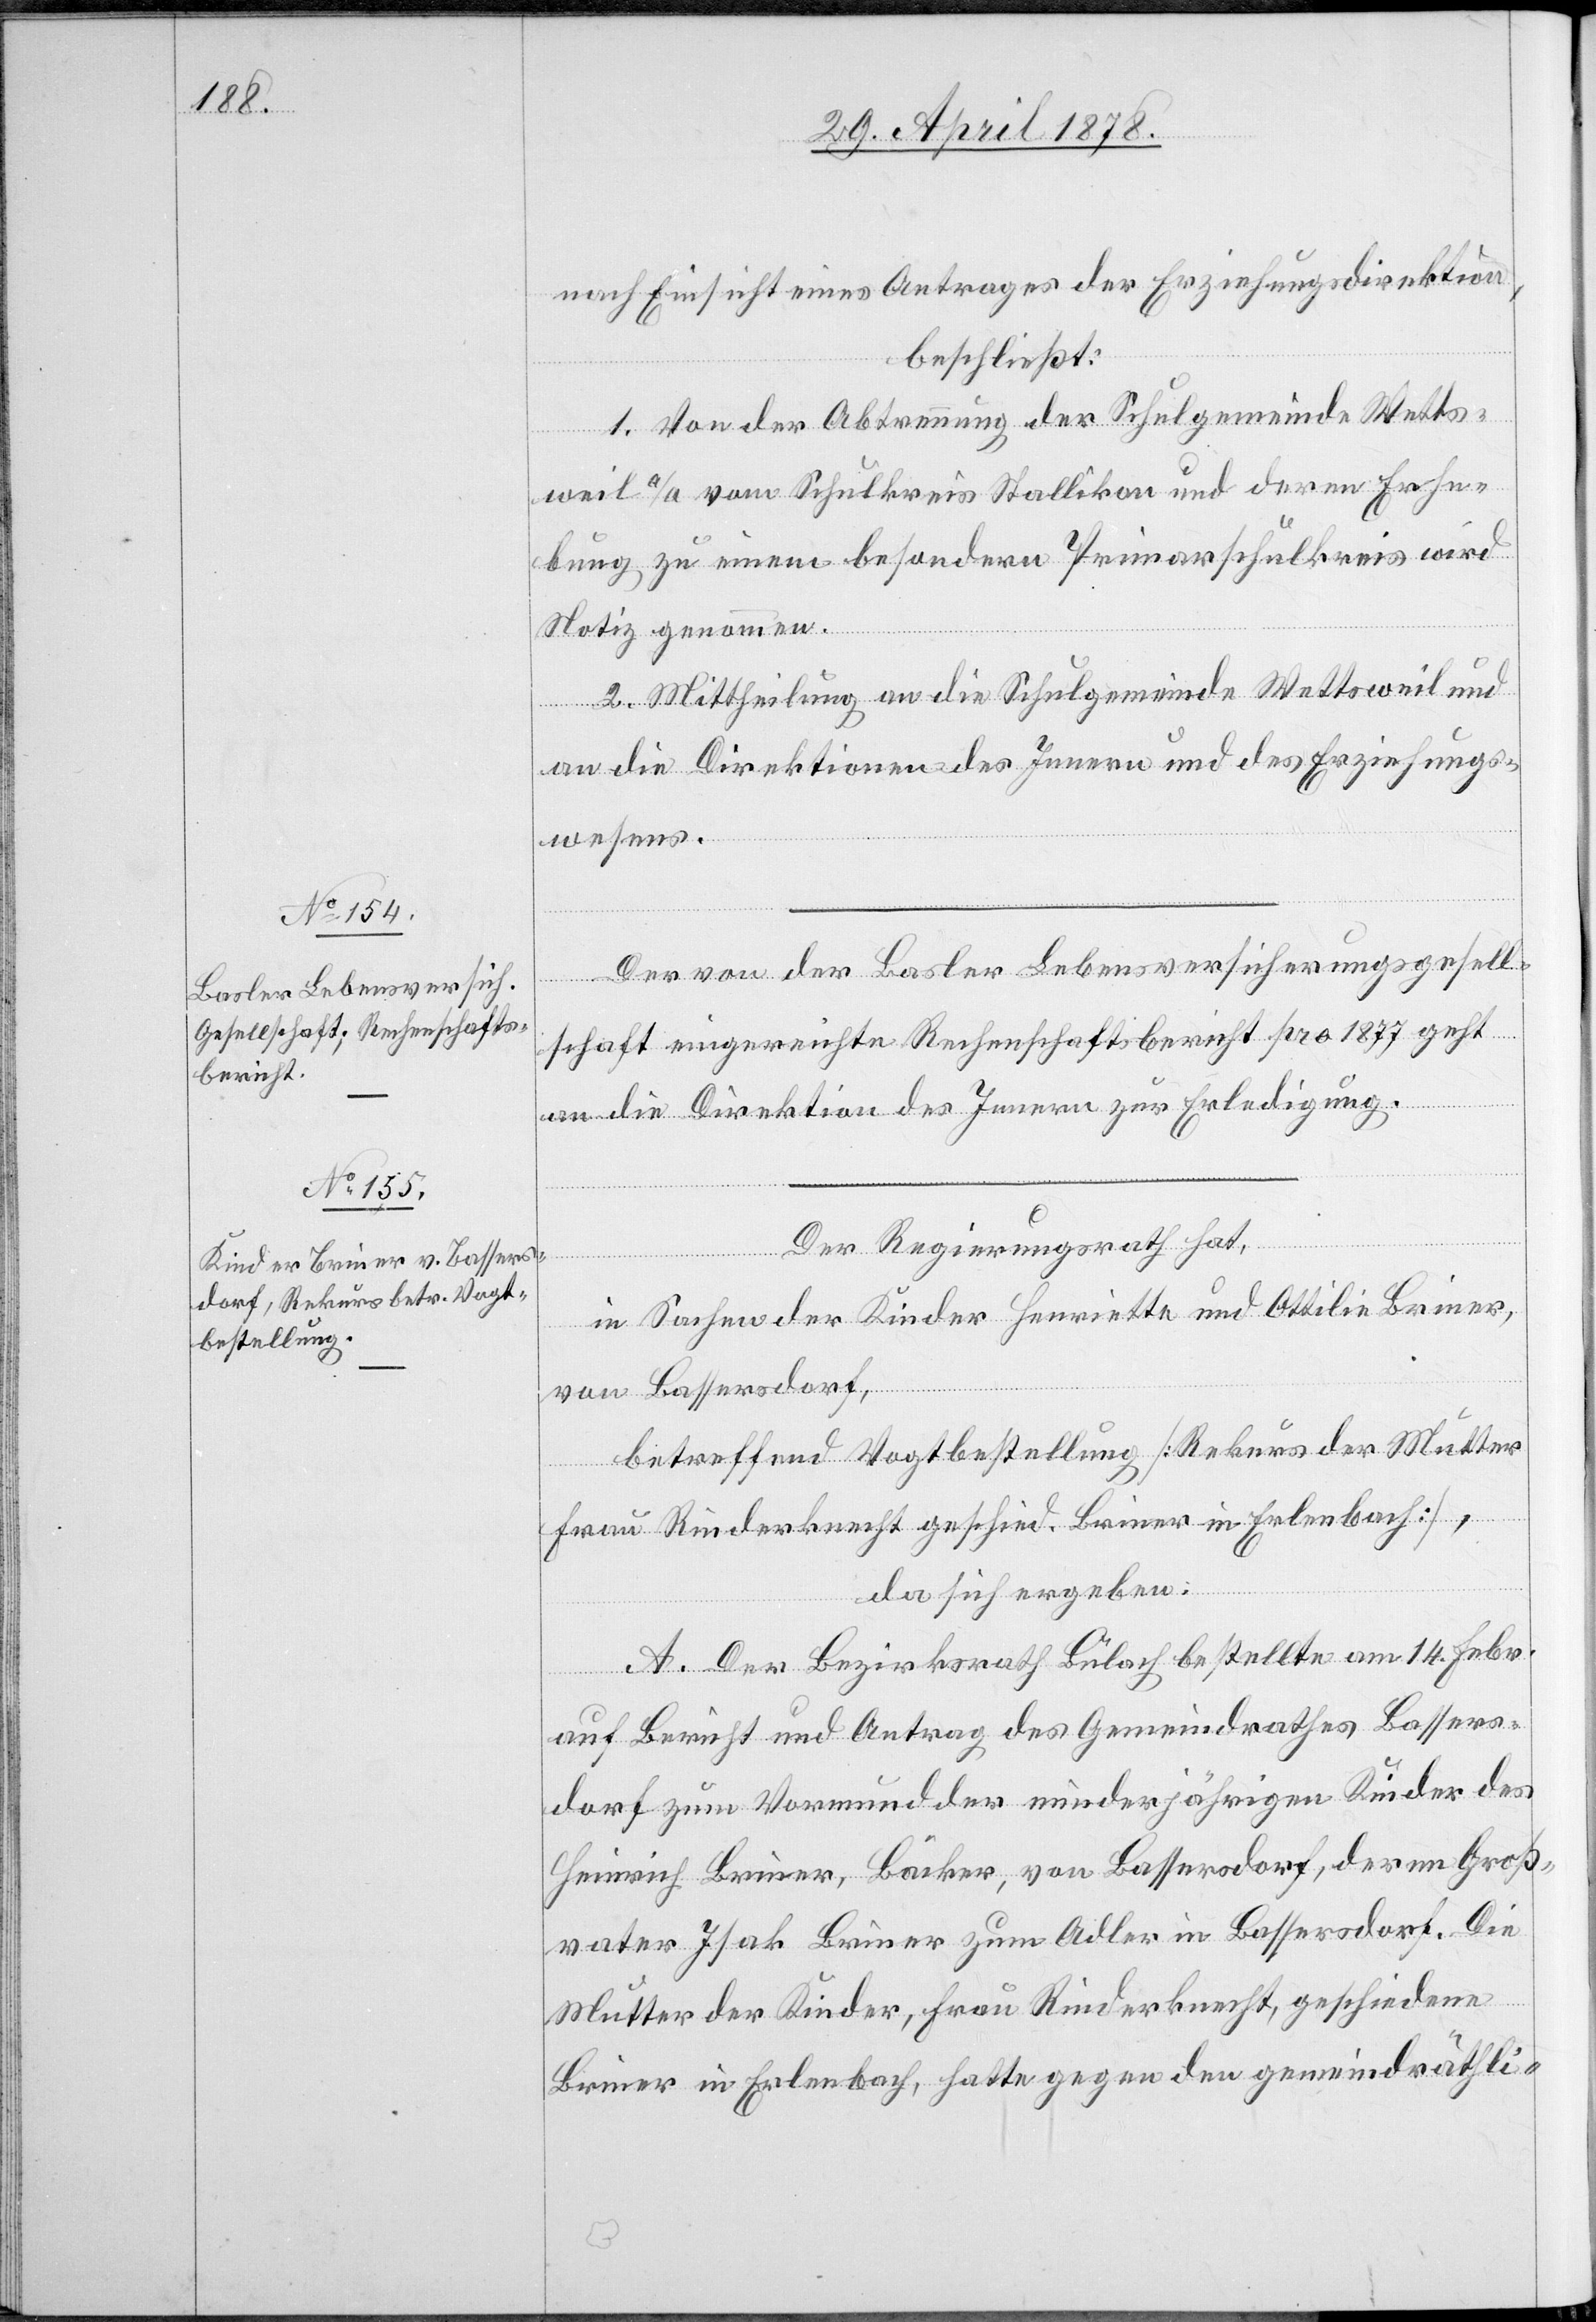
nach Einsicht eines Antrages der Erziehungsdirektion,
beschließt:
1. Von der Abtrennung der Schulgemeinde Wetts¬
weil a/A. vom Schulkreis Stallikon und deren Erhe¬
bung zu einem besondern Primarschulkreis wird
Notiz genommen.
2. Mittheilung an die Schulgemeinde Wettsweil und
an die Direktionen des Innern und des Erziehungs¬
wesens.
Der von der Basler Lebensversicherungsgesell¬
schaft eingereichte Rechenschaftsbericht pro 1877 geht
an die Direktion des Innern zur Erledigung.
Der Regierungsrath hat,
in Sachen der Kinder Henriette und Ottilie Briner,
von Bassersdorf,
betreffend Vogtbestellung [Rekurs der Mutter
Frau Rinderknecht geschied. Briner in Erlenbach],
da sich ergeben:
A. Der Bezirksrath Bülach bestellte am 14. Febr.
auf Bericht und Antrag des Gemeindrathes Bassers¬
dorf zum Vormund der minderjährigen Kinder des
Heinrich Briner, Bäcker, von Bassersdorf, deren Groß¬
vater Isak Briner zum Adler in Bassersdorf. Die
Mutter der Kinder, Frau Rinderknecht, geschiedene
Briner in Erlenbach, hatte gegen den gemeindräthli-